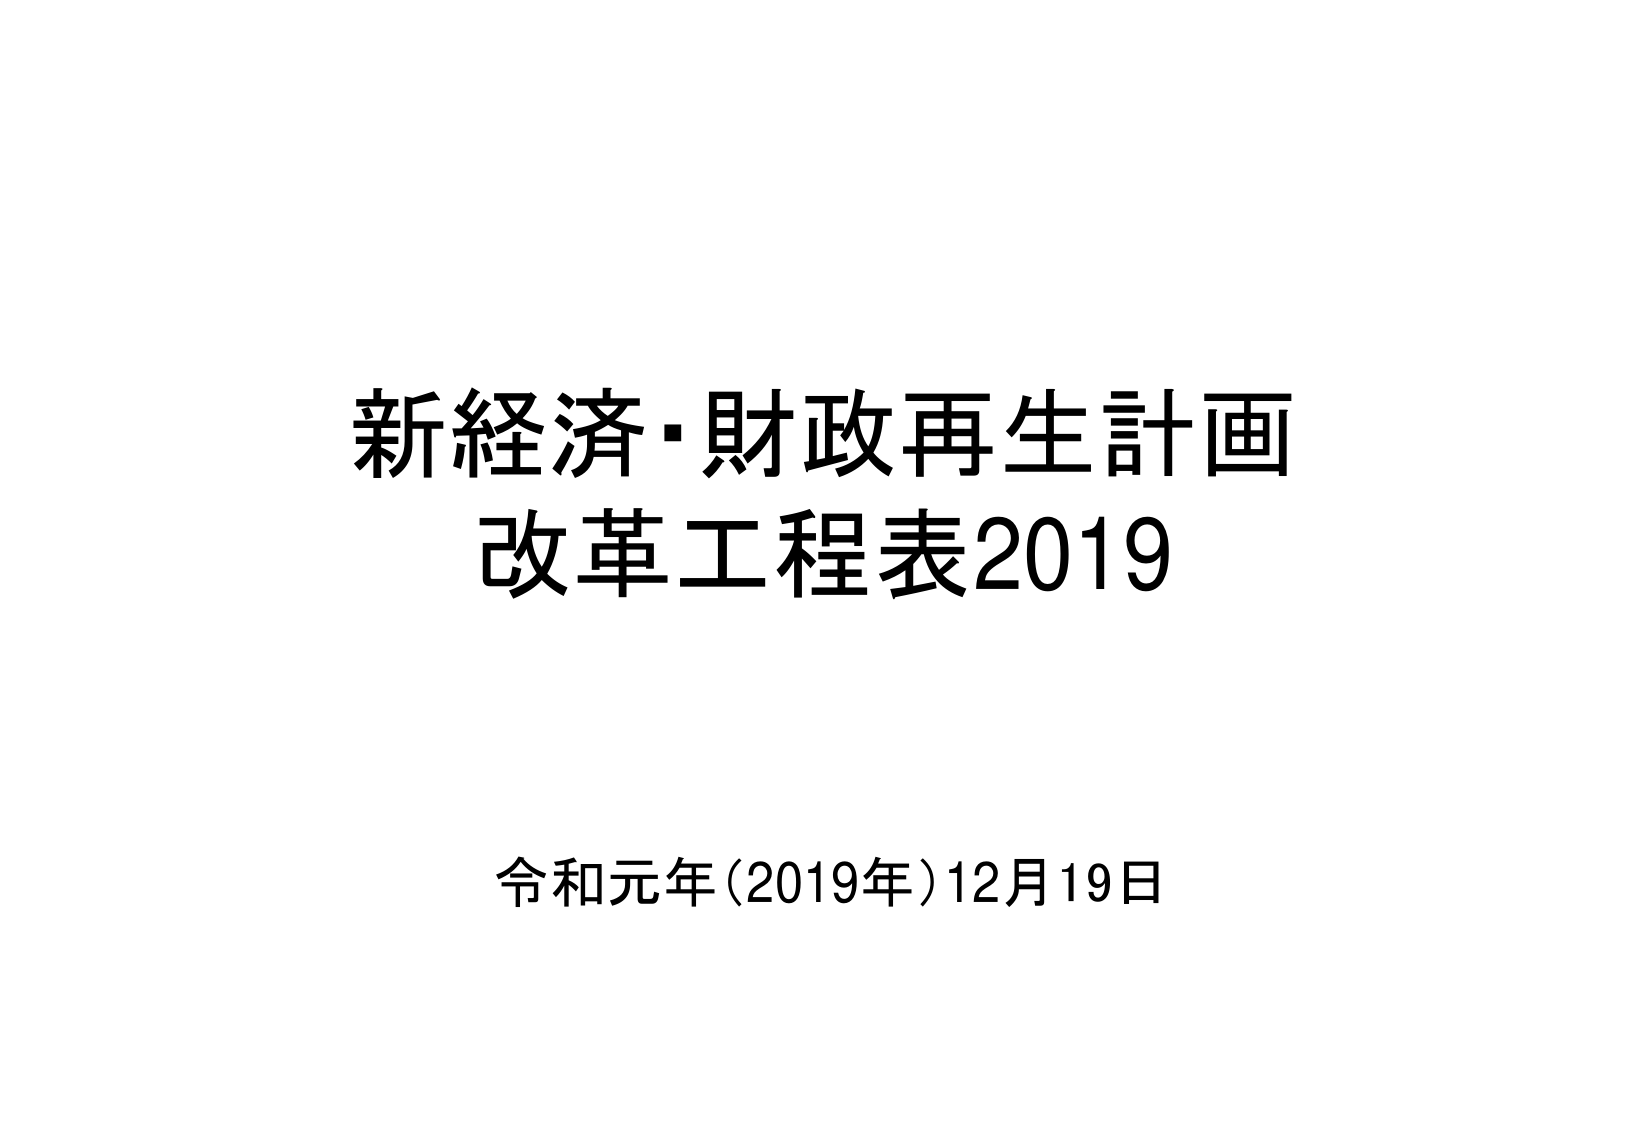
新経済・財政再生計画
改革工程表2019

令和元年（2019年）12月19日